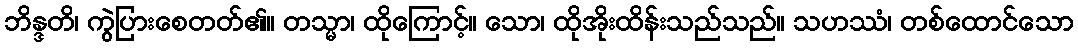
ဘိန္ဒတိ၊ ကွဲပြားစေတတ်၏။ တသ္မာ၊ ထိုကြောင့်။ သော၊ ထိုအိုးထိန်းသည်သည်။ သဟဿံ၊ တစ်ထောင်သော